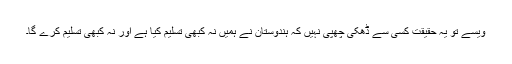
ویسے تو یہ حقیقت کسی سے ڈھکی چھپی نہیں کہ ہندوستان نے ہمیں نہ کبھی تسلیم کیا ہے اور نہ کبھی تسلیم کرے گا۔